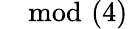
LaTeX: \mod(4)